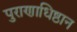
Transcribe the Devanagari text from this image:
पुराणाधिष्ठान